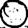
Digit: 0